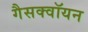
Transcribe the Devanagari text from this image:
गैसक्वॉयन